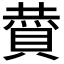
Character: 𮚏